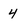
Character: 4